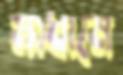
মাধামে